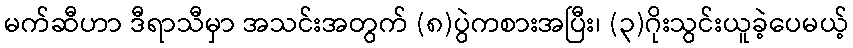
မက်ဆီဟာ ဒီရာသီမှာ အသင်းအတွက် (၈)ပွဲကစားအပြီး၊ (၃)ဂိုးသွင်းယူခဲ့ပေမယ့်